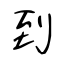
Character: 到